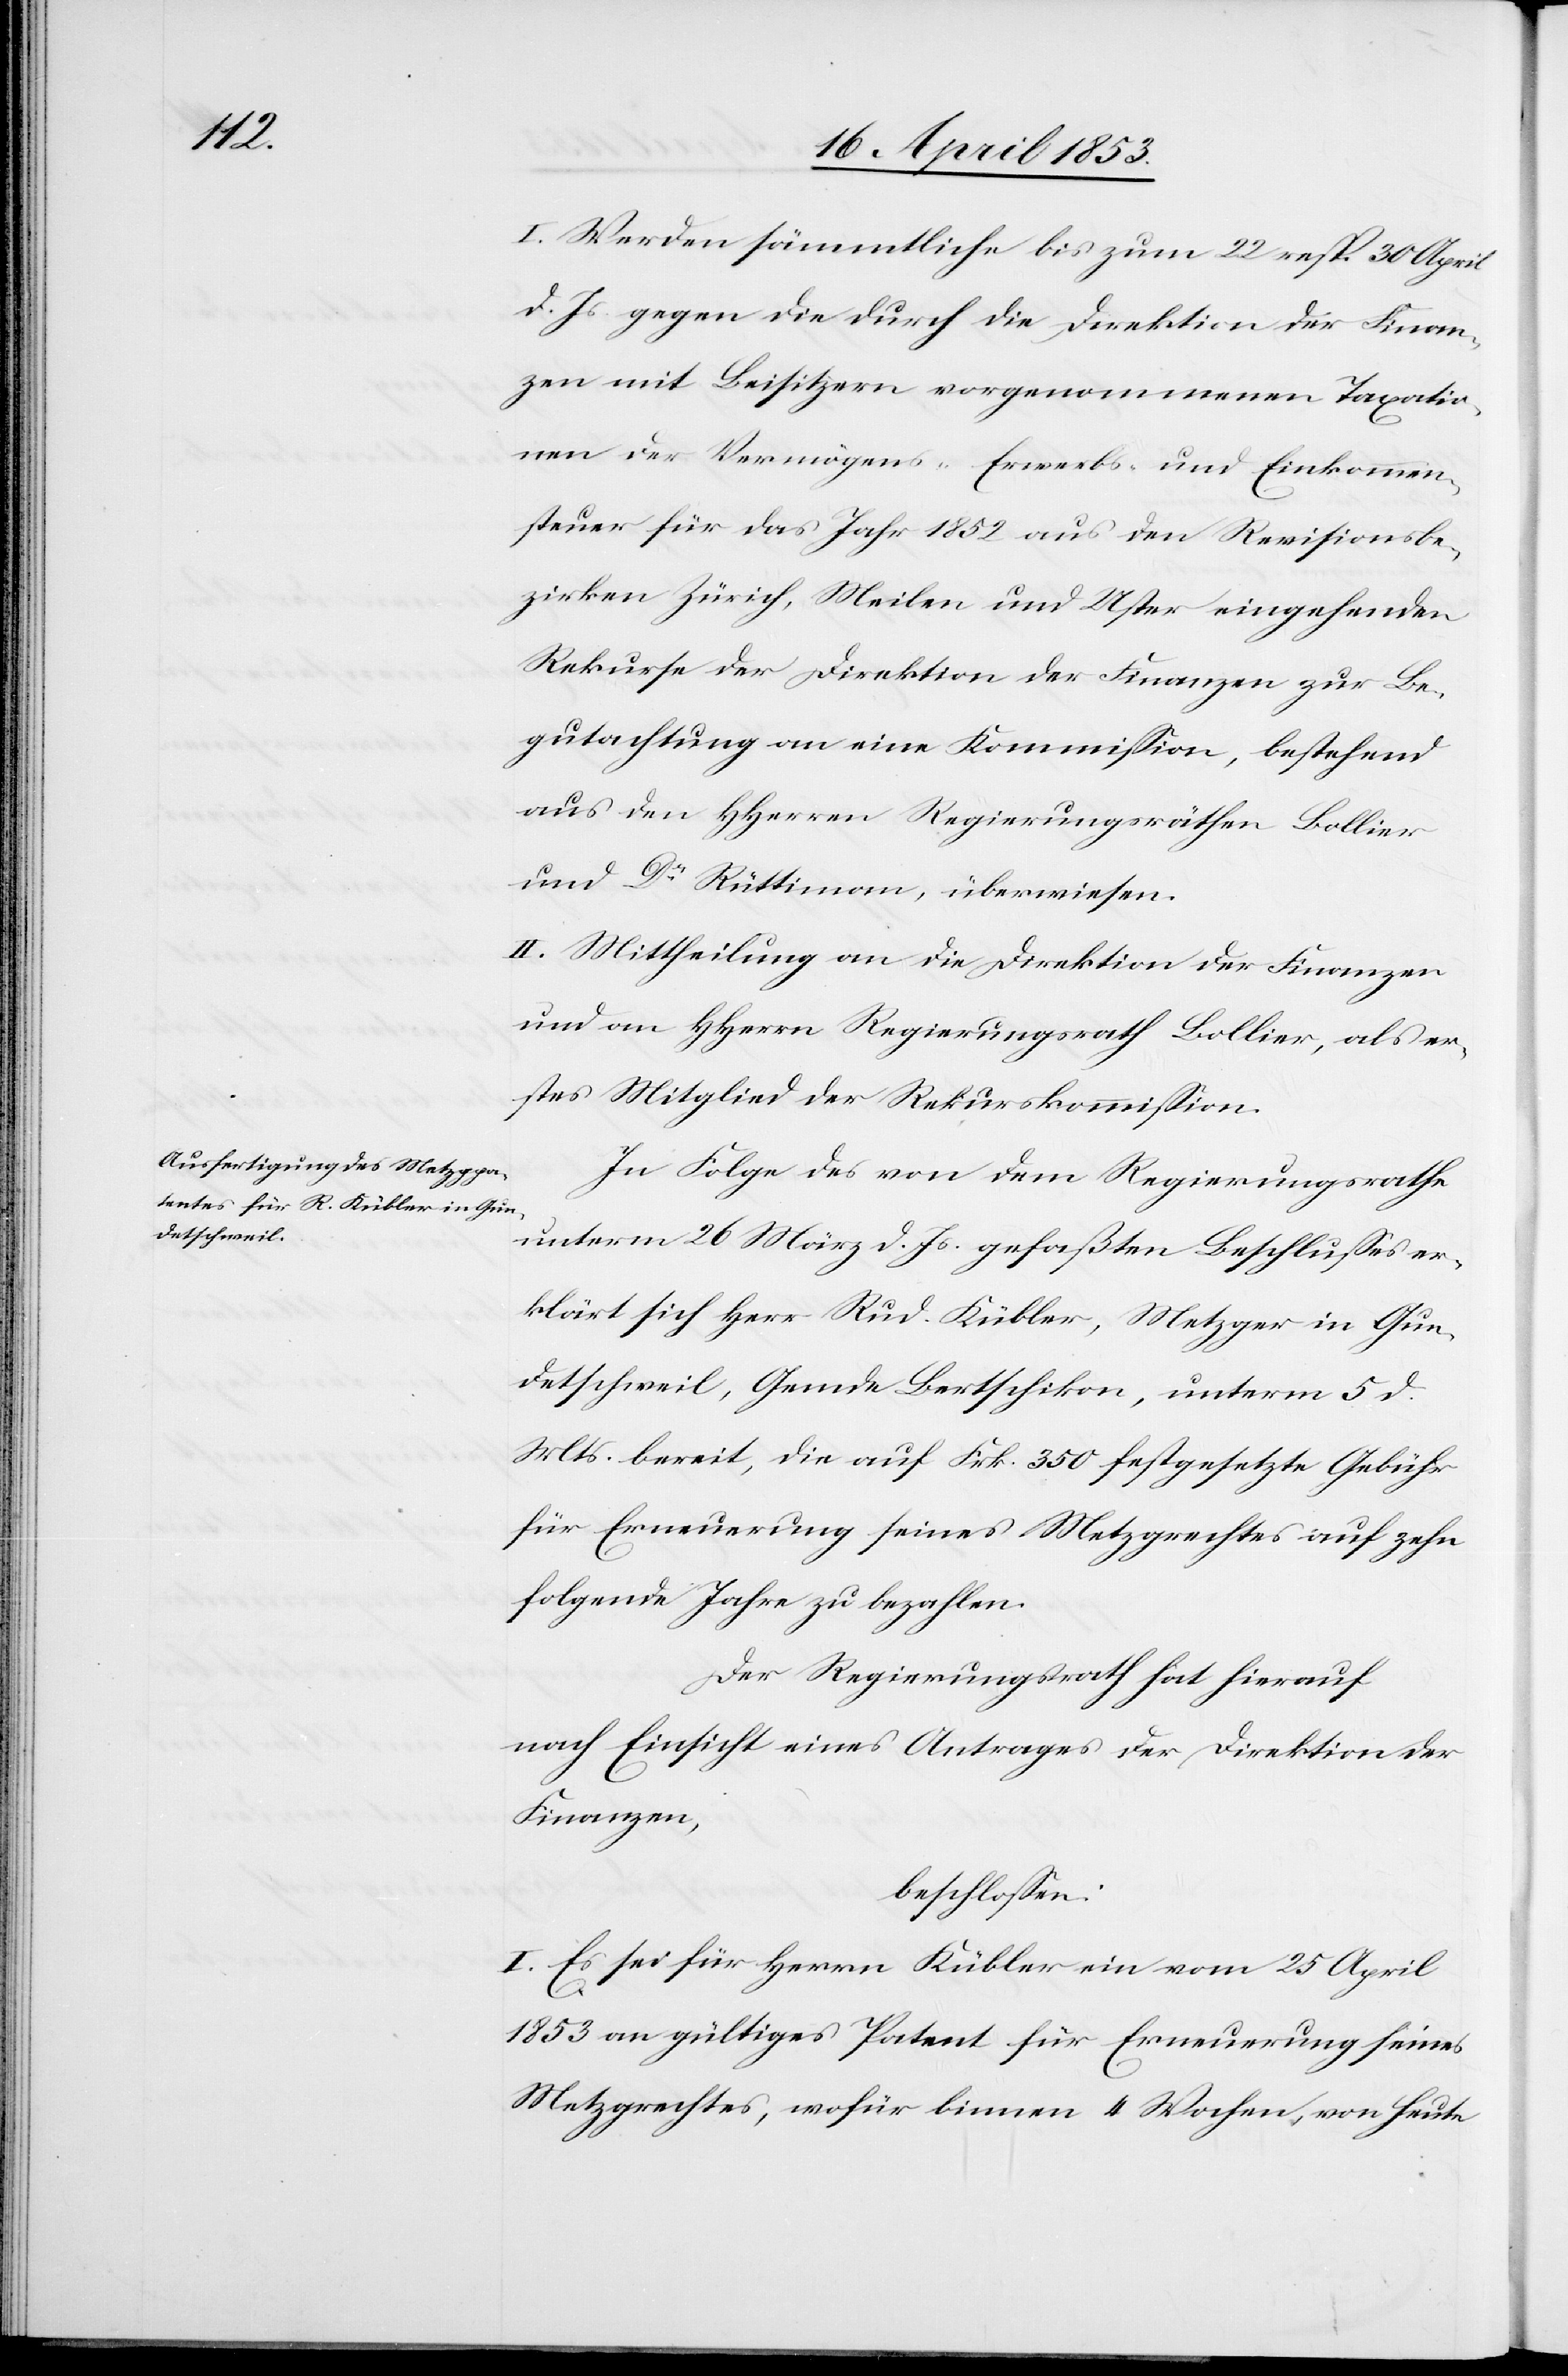
I. Werden sämmtliche bis zum 22 resp. 30 April
d. Js. gegen die durch die Direktion der Finan¬
zen mit Beisitzern vorgenommenen Taxatio¬
nen der Vermögens- Erwerbs- und Einkommen¬
ssteuer für des Jahr 1852 aus den Revisionsbe¬
zirken Zürich, Meilen und Uster eingehenden
Rekurse der Direktion der Finanzen zur Be¬
gutachtung an eine Kommißion, bestehend
aus den HHerrn Regierungsräthen Bollier
und Dr. Rüttimann überwiesen.
II. Mittheilung an die Direktion der Finanzen
und an HHerrn Regierungsrath Bollier, als er¬
stes Mitglied der Rekurskommißion.
In Folge des von dem Regierungsrathe
unterm 26 März d. Js. gefaßten Beschlußes er¬
klärt sich Herr Rud. Kübler, Metzger in Gun¬
detschweil, Gmde Bertschikon, unterm 5 d.
Mts. bereit, die auf Frk. 350 festgesetzte Gebühr
für Erneuerung seines Metzgrechtes auf zehn
folgende Jahre zu bezahlen.
Der Regierungsrath hat hierauf
nach Einsicht eines Antrages der Direktion der
Finanzen,
beschloßen:
I. Es sei für Herrn Kübler ein vom 25 April
1853 an gültiges Patent für Erneuerung seines
Metzgrechtes, wofür binnen 4 Wochen, von heute